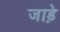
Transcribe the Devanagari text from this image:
जाड़े़